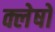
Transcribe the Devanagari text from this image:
क्लेषों